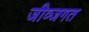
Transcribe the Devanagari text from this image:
जीव्जगत